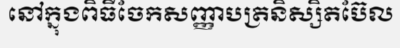
នៅក្នុងពិធីចែកសញ្ញាបត្រនិស្សិតប៊ែល